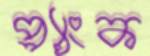
প্ল্যাংক